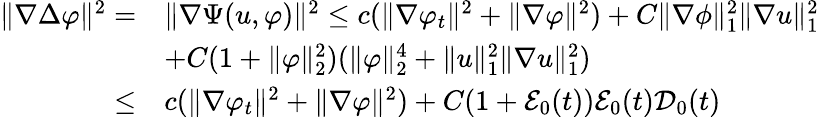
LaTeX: \begin{array}{rl}{\| \nabla\Delta\varphi\| ^{2}=}&{\| \nabla\Psi(u,\varphi)\| ^{2}\leq c(\| \nabla\varphi_{t}\| ^{2}+\| \nabla\varphi\| ^{2})+C\| \nabla\phi\| _{1}^{2}\| \nabla u\| _{1}^{2}}\\ &{+C(1+\| \varphi\| _{2}^{2})(\| \varphi\| _{2}^{4}+\| u\| _{1}^{2}\| \nabla u\| _{1}^{2})}\\ {\leq}&{c(\| \nabla\varphi_{t}\| ^{2}+\| \nabla\varphi\| ^{2})+C(1+\mathcal{E}_{0}(t))\mathcal{E}_{0}(t)\mathcal{D}_{0}(t)}\end{array}